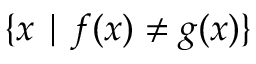
\{ x \mid f ( x ) \neq g ( x ) \}